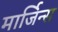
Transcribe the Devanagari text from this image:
मार्जिन्स